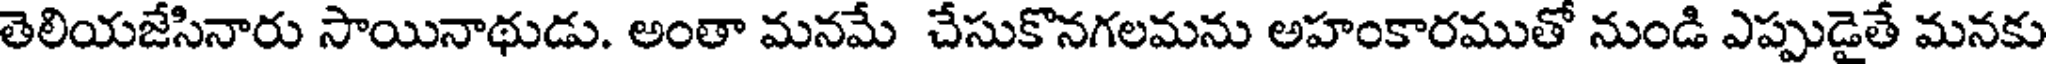
తెలియజేసినారు సాయినాథుడు. అంతా మనమే చేసుకొనగలమను అహంకారముతో నుండి ఎప్పుడైతే మనకు